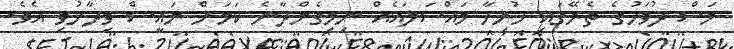
މަސް ދުވަހުގެ ތެރޭގައި ހުރިހާ މައްސަލައެއް ނިމިގެންދާނެ ކަމަށް ރައީސް ވިދާޅުވި އެވެ.